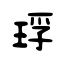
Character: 琈